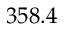
3 5 8 . 4